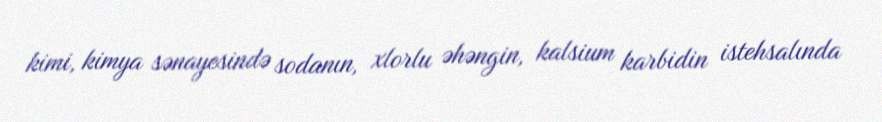
kimi, kimya sənayesində sodanın, xlorlu əhəngin, kalsium karbidin istehsalında